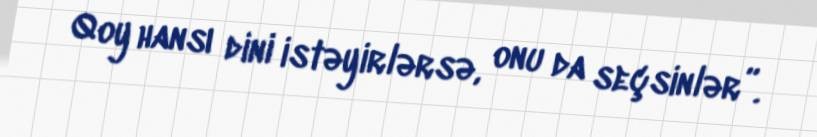
Qoy hansı dini istəyirlərsə, onu da seçsinlər”.